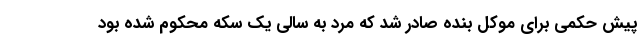
پیش حکمی برای موکل بنده صادر شد که مرد به سالی یک سکه محکوم شده بود